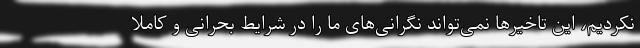
نکردیم، این تاخیرها نمی‌تواند نگرانی‌های ما را در شرایط بحرانی و کاملا